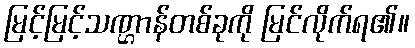
မြင့်မြင့်သဏ္ဌာန်တစ်ခုကို မြင်လိုက်ရ၏။